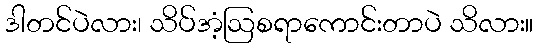
ဒါတင်ပဲလား၊ သိပ်အံ့ဩစရာကောင်းတာပဲ သိလား။